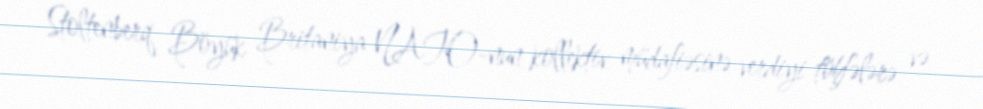
Stoltenberq Böyük Britaniya NATO-nun kollektiv müdafiəsinə verdiyi töhfələrə və